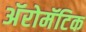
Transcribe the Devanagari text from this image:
अॅरोमॅटिक